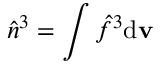
\hat { n } ^ { 3 } = \int \hat { f } ^ { 3 } \mathrm { d } { \mathbf v }